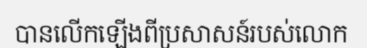
បានលើកឡើងពីប្រសាសន៍របស់លោក